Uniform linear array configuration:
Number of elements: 12
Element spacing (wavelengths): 0.5
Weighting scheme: blackman
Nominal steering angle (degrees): -15
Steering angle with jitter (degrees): -14.037
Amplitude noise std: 0.05
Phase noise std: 0.05

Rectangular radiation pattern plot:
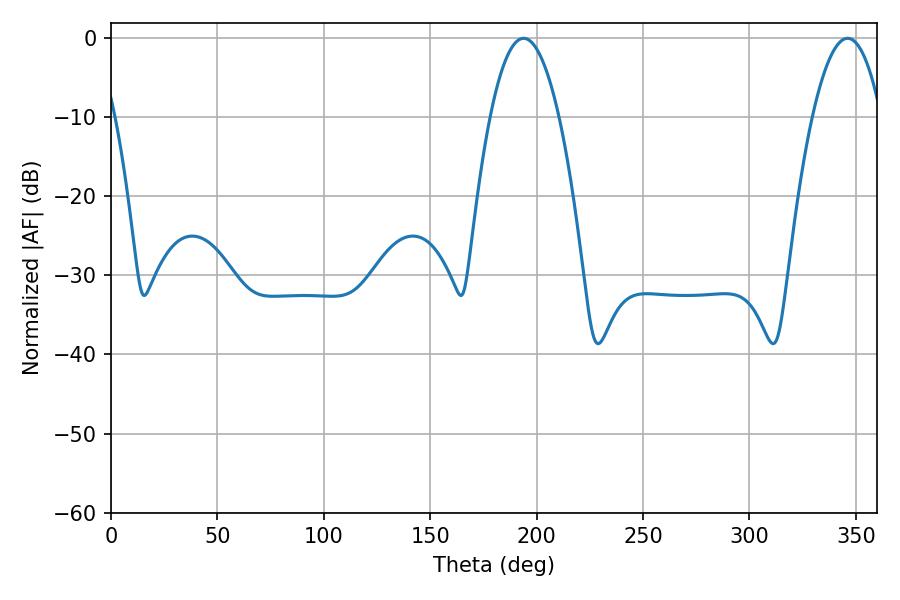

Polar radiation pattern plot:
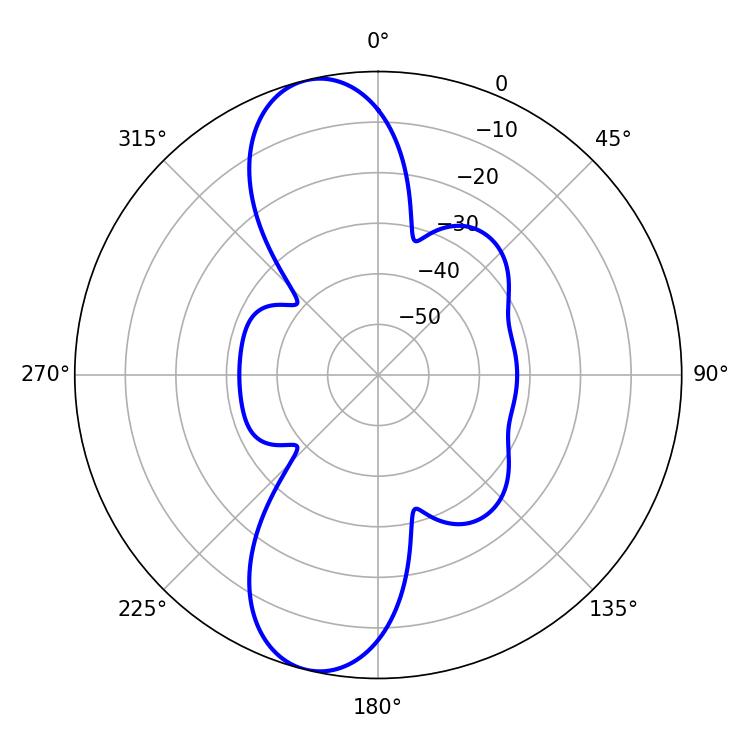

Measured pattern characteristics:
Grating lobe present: FALSE
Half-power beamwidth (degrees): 17.82
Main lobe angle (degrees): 193.86